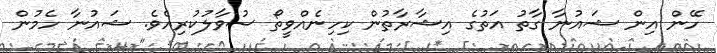
ހޭން އިން ޝައުނާ ގާތު އަތުގެ އިޝާރާތުން ކިހިނެއްވީތޯ ސުވާލުކުރިއެވެ. ޝައުނާ ހެމުން